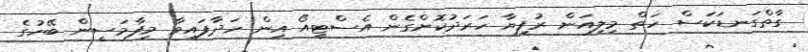
ގާތްގަނޑަކަސް ހަތް މިލިއަން ރުފިޔާ ހަރަދުކޮށްގެން އެސްޓީއޯ އިން ހަދާފައިވާ މިފާމަސީން ބޭހުގެ